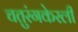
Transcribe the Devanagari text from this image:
चतुरंगकेरली